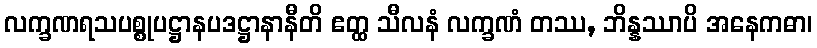
လက္ခဏရသပစ္စုပဋ္ဌာနပဒဋ္ဌာနာနီတိ ဧတ္ထ သီလနံ လက္ခဏံ တဿ, ဘိန္နဿာပိ အနေကဓာ၊